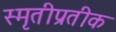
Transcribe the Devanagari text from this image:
स्मृतीप्रतीक